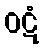
ဝဋံ